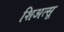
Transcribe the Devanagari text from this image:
शिअत्सू